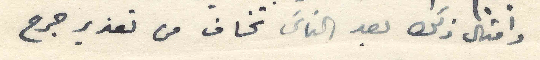
وامثال ذلك بعد الناس تخاف من تعذير جرح